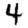
Digit: 4